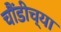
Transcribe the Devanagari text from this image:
चौंडीच्या